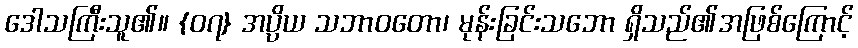
ဒေါသကြီးသူ၏။ {၀၇} အပ္ပိယ သဘာဝတော၊ မုန်းခြင်းသဘော ရှိသည်၏အဖြစ်ကြောင့်